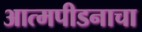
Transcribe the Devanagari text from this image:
आत्मपीडनाचा